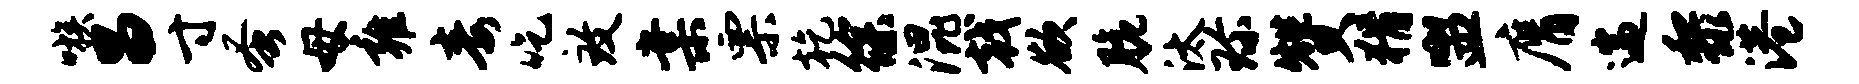
嗾昌寸蚤母雍毒吃致棠票乾徐混戟欲脆汰珍赞猾盥膺遄黎港